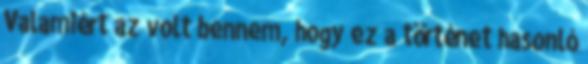
Valamiért az volt bennem, hogy ez a történet hasonló